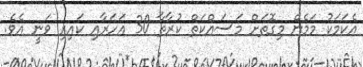
އެކަމަކު މަމެން މިގޮތަށް މަސައްކަތް ކުރާތާ 30 އަހަރާއި ކައިރި ވަނީ އެވެ.